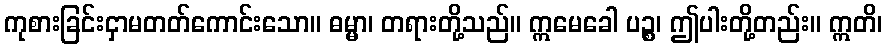
ကုစားခြင်းငှာမတတ်ကောင်းသော။ ဓမ္မာ၊ တရားတို့သည်။ ဣမေခေါ ပဉ္စ၊ ဤပါးတို့တည်း။ ဣတိ၊